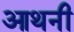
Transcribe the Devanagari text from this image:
आथनी